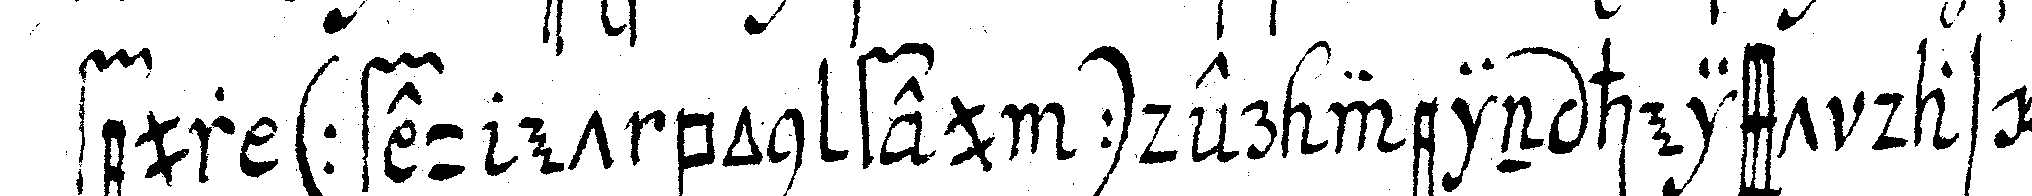
feur ( feu et bon feu ) der wein heisst das